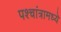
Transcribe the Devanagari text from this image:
पश्चांत्रामध्ये